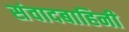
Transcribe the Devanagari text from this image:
संवादबाहिनी